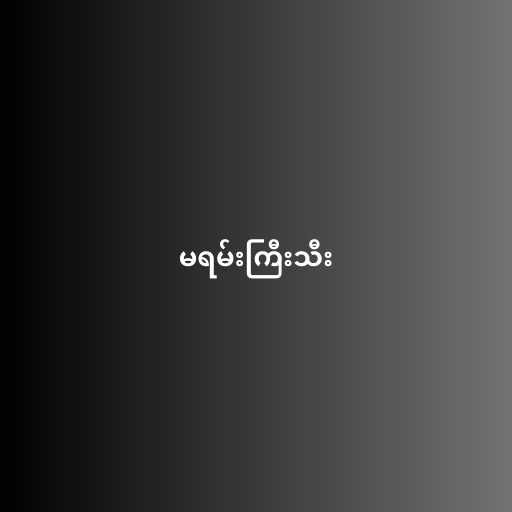
မရမ်းကြီးသီး